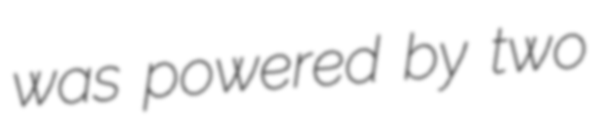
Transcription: was powered by two